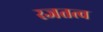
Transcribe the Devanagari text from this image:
रजतत्व